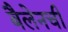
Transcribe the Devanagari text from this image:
बैलेनची